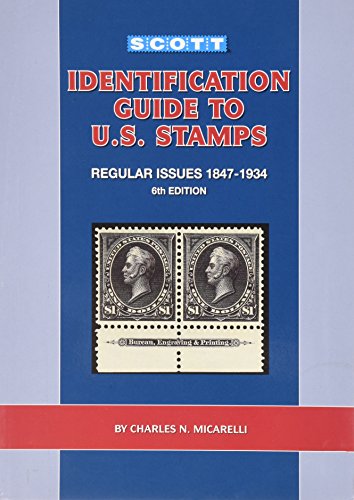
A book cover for Scott Identification Guide to U.S. Stamps Regular Issues 1847-1934, 6th Edition; Charles N. Micarelli; Crafts, Hobbies & Home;